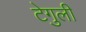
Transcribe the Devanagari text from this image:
टेगुली